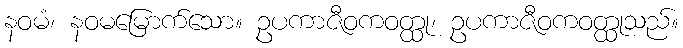
နဝမံ၊ နဝမမြောက်သော။ ဥပကာဇီဝကဝတ္ထု၊ ဥပကာဇီဝကဝတ္ထုသည်။